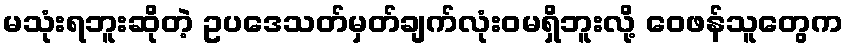
မသုံးရဘူးဆိုတဲ့ ဥပဒေသတ်မှတ်ချက်လုံးဝမရှိဘူးလို့ ဝေဖန်သူတွေက